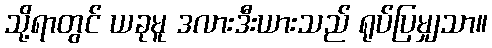
သို့ရာတွင် ယခုမူ ဒလားဒီးယားသည် ရုပ်ပြမျှသာ။